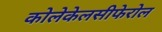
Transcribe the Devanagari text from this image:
कोलेकेलसीफेरोल